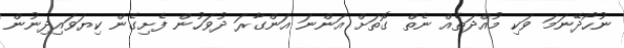
ނުހޯދޭނަމަ ވަކި މުއްދަތެއް ނެތް ގޮތަށް އަންނަ އަންގާރަ ދުވަހުން ފެށިގެން ކިޔަވައިދިނުން